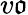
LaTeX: v\mathfrak{o}